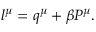
l ^ { \mu } = q ^ { \mu } + \beta P ^ { \mu } .